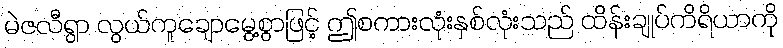
မဲဇလီရွာ လွယ်ကူချောမွေ့စွာဖြင့် ဤစကားလုံးနှစ်လုံးသည် ထိန်းချုပ်ကိရိယာကို